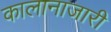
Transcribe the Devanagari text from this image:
कालानाजारी